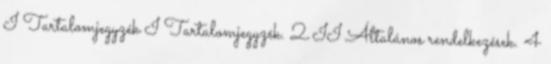
I Tartalomjegyzék I Tartalomjegyzék. 2 II Általános rendelkezések. 4